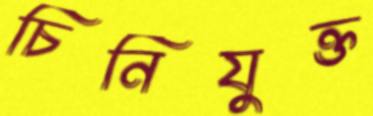
চিনিযুক্ত